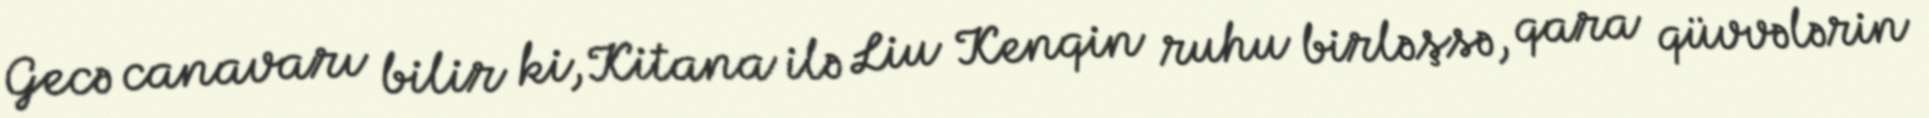
Gecə canavarı bilir ki, Kitana ilə Liu Kenqin ruhu birləşsə, qara qüvvələrin